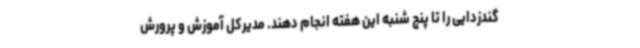
گندزدایی را تا پنج شنبه این هفته انجام دهند. مدیرکل آموزش و پرورش